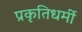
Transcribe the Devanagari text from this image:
प्रकृतिधर्मी